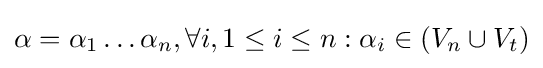
\alpha =\alpha _{1}\ldots \alpha _{n},\forall i,1\leq i\leq n:\alpha _{i}\in (V_{n}\cup V_{t})